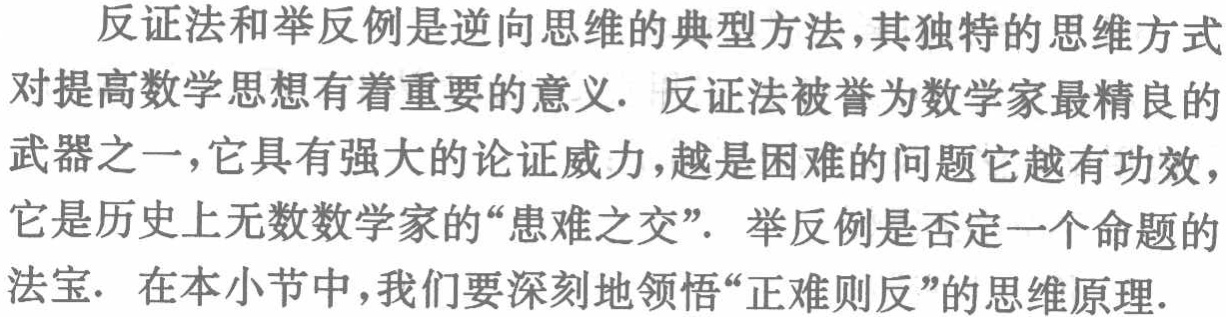
反证法和举反例是逆向思维的典型方法，其独特的思维方式对提高数学思想有着重要的意义. 反证法被誉为数学家最精良的武器之一，它具有强大的论证威力，越是困难的问题它越有功效，它是历史上无数数学家的“患难之交”. 举反例是否定一个命题的法宝. 在本小节中，我们要深刻地领悟“正难则反”的思维原理.